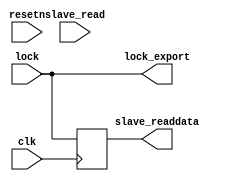
module pll_lock_avs 
#( 
  parameter WIDTH=32
)
(
   input clk,
   input resetn,

   // Slave port
   input slave_read,
   output slave_readdata,

   input  lock,
   output lock_export
);

reg locked;
always@(posedge clk)
  locked <= lock;

assign slave_readdata = locked;
assign lock_export = lock;

endmodule